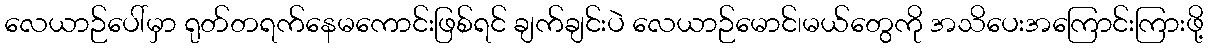
လေယာဉ်ပေါ်မှာ ရုတ်တရက်နေမကောင်းဖြစ်ရင် ချက်ချင်းပဲ လေယာဉ်မောင်၊မယ်တွေကို အသိပေးအကြောင်းကြားဖို့